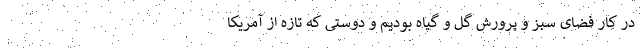
در کار فضای سبز و پرورش گل و گیاه بودیم و دوستی که تازه از آمریکا